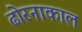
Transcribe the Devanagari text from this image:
ढोरनाकाल